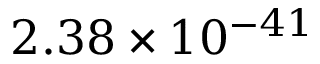
2 . 3 8 \times 1 0 ^ { - 4 1 }